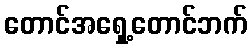
တောင်အရှေ့တောင်ဘက်